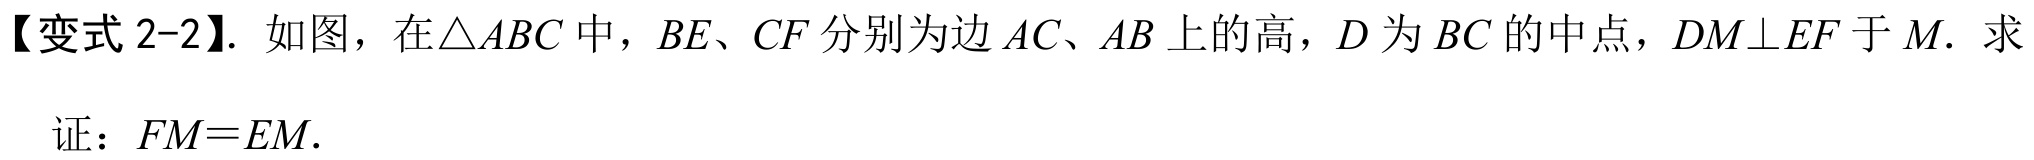
【变式 2-2】. 如图，在\(\triangle ABC\)中，\(BE\)、\(CF\)分别为边\(AC\)、\(AB\)上的高，\(D\)为\(BC\)的中点，\(DM\perp EF\)于\(M\). 求
证：\(FM = EM\).